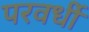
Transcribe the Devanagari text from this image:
परवर्धी